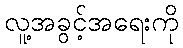
လူ့အခွင့်အရေးကို